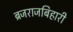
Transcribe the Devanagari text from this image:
ब्रजराजबिहारी